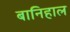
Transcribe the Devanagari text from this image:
बानिहाल